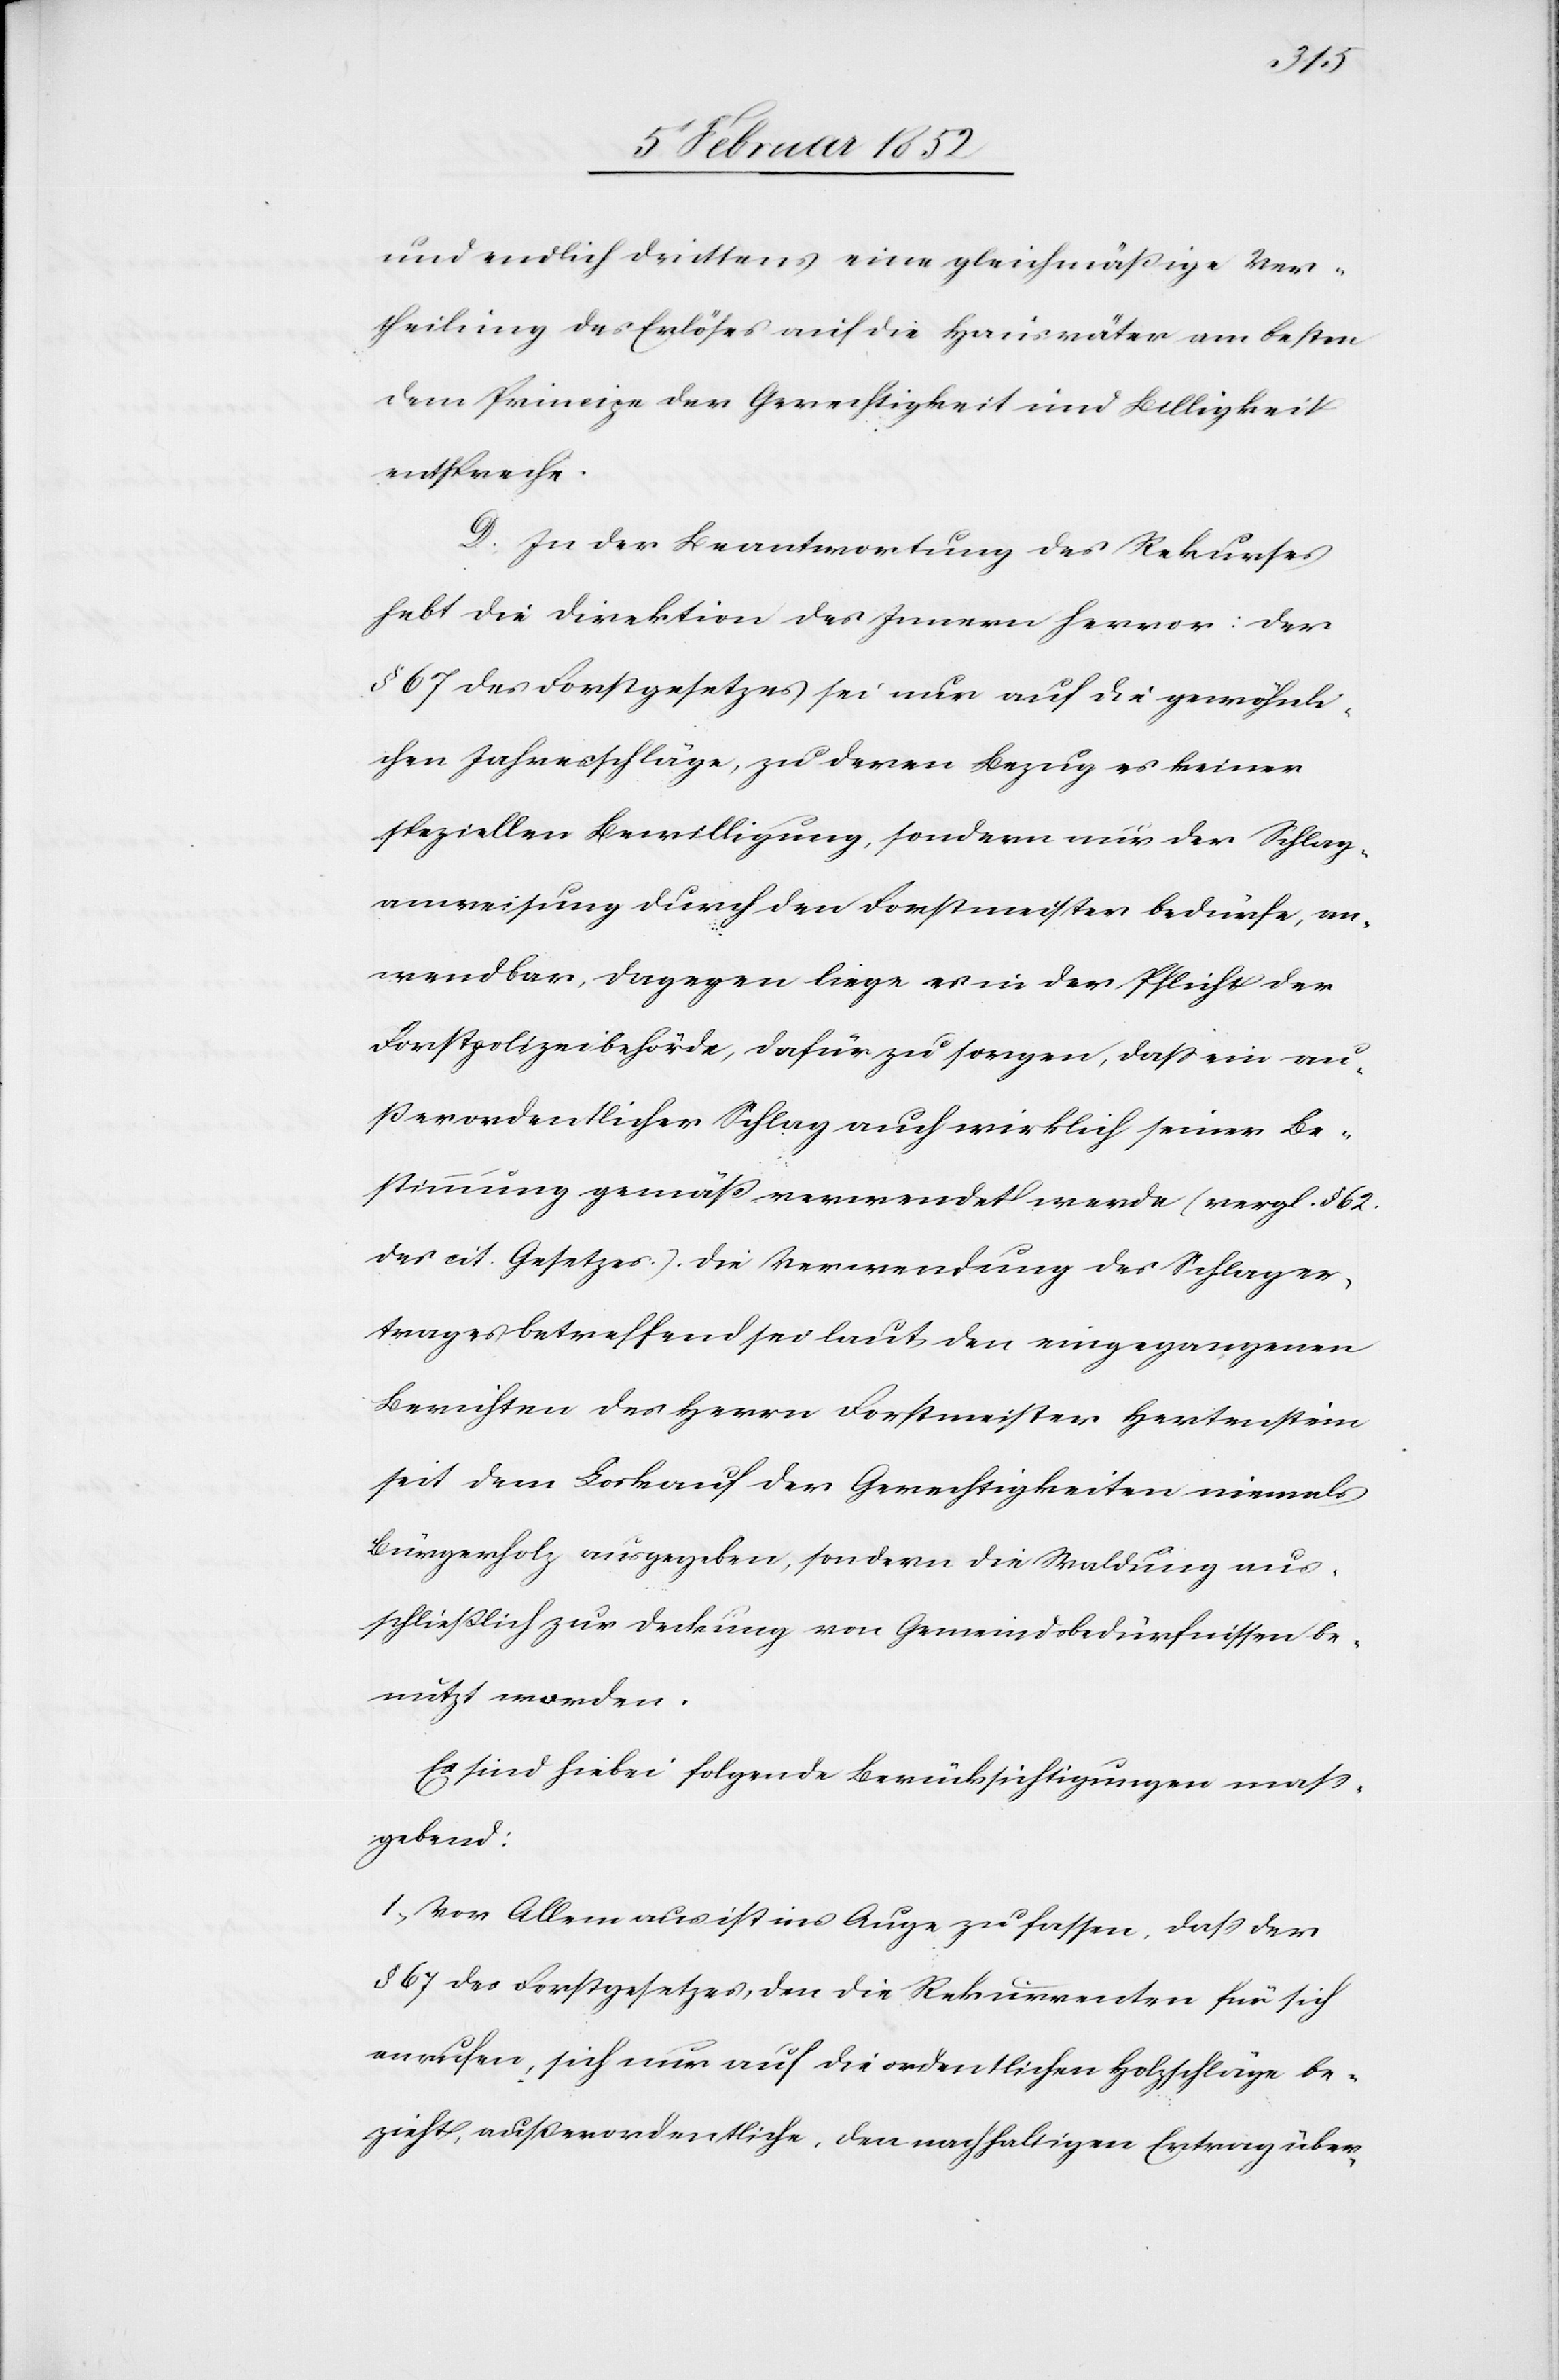
und endlich drittens eine gleichmäßige Ver¬
theilung des Erlöses auf die Hausväter am besten
dem Principe der Gerechtigkeit und Billigkeit
entspreche.
D. In der Beantwortung des Rekurses
hebt die Direktion des Innern hervor: Der
§ 67 des Forstgesetzes sei nur auf die gewöhnli¬
chen Jahresschläge, zu deren Bezug es keiner
speziellen Bewilligung, sondern nur der Schlag¬
anweisung durch den Forstmeister bedürfe, an¬
wendbar, dagegen liege es in der Pflicht der
Forstpolizeibehörde, dafür zu sorgen, daß ein au¬
ßerordentlicher Schlag auch wirklich seiner Be¬
stimmung gemäß verwendet werde (vergl. § 62.
des cit. Gesetzes). Die Verwendung des Schlager¬
trages betreffend sei laut den eingegangenen
Berichten des Herrn Forstmeister Hertenstein
seit dem Loskauf der Gerechtigkeiten niemals
Bürgerholz ausgegeben, sondern die Waldung aus¬
schließlich zur Deckung von Gemeindsbedürfnissen be¬
nützt worden.
Es sind hiebei folgende Berücksichtigungen maß¬
gebend:
1.) Vor Allem aus ist ins Auge zu fassen, daß der
§ 67 des Forstgesetzes, den die Rekurrenten für sich
anrufen, sich nur auf die ordentlichen Holzschläge be¬
zieht, außerordentliche, den nachhaltigen Ertrag über-